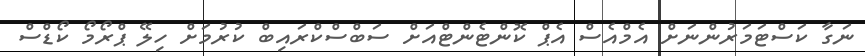
ނަގާ ކަސްޓަމަރުންނަށް އެމްއެސް އެޕް ކޮންޓެންޓްއަށް ސަބްސްކްރައިބް ކުރުމަށް ހިލޭ ޕްރޯމޯ ކޯޑްސް